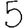
Digit: 5